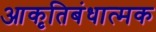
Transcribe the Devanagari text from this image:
आकृतिबंधात्मक